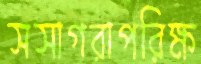
সসাগরাপরিক্ষ